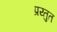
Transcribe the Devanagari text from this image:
प्रय्तुत